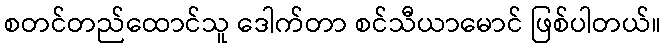
စတင်တည်ထောင်သူ ဒေါက်တာ စင်သီယာမောင် ဖြစ်ပါတယ်။